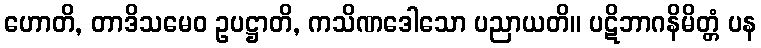
ဟောတိ, တာဒိသမေဝ ဥပဋ္ဌာတိ, ကသိဏဒေါသော ပညာယတိ။ ပဋိဘာဂနိမိတ္တံ ပန